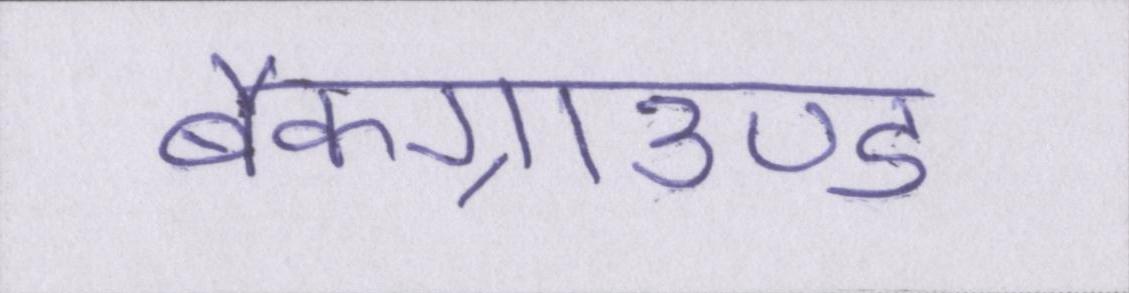
बैकग्राउण्ड